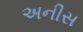
અનીસ